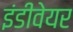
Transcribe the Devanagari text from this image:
इंडीवेयर